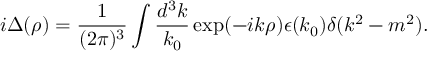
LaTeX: i \Delta ( \rho ) = \frac { 1 } { ( 2 \pi ) ^ { 3 } } \int \frac { d ^ { 3 } k } { k _ { 0 } } \exp ( - i k \rho ) \epsilon ( k _ { 0 } ) \delta ( k ^ { 2 } - m ^ { 2 } ) .